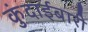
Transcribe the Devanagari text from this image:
कुंदाईबारी